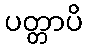
ပတ္တာပိ